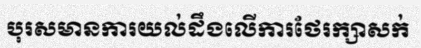
បុរសមានការយល់ដឹងលើការថែរក្សាសក់